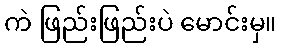
ကဲ ဖြည်းဖြည်းပဲ မောင်းမှ။